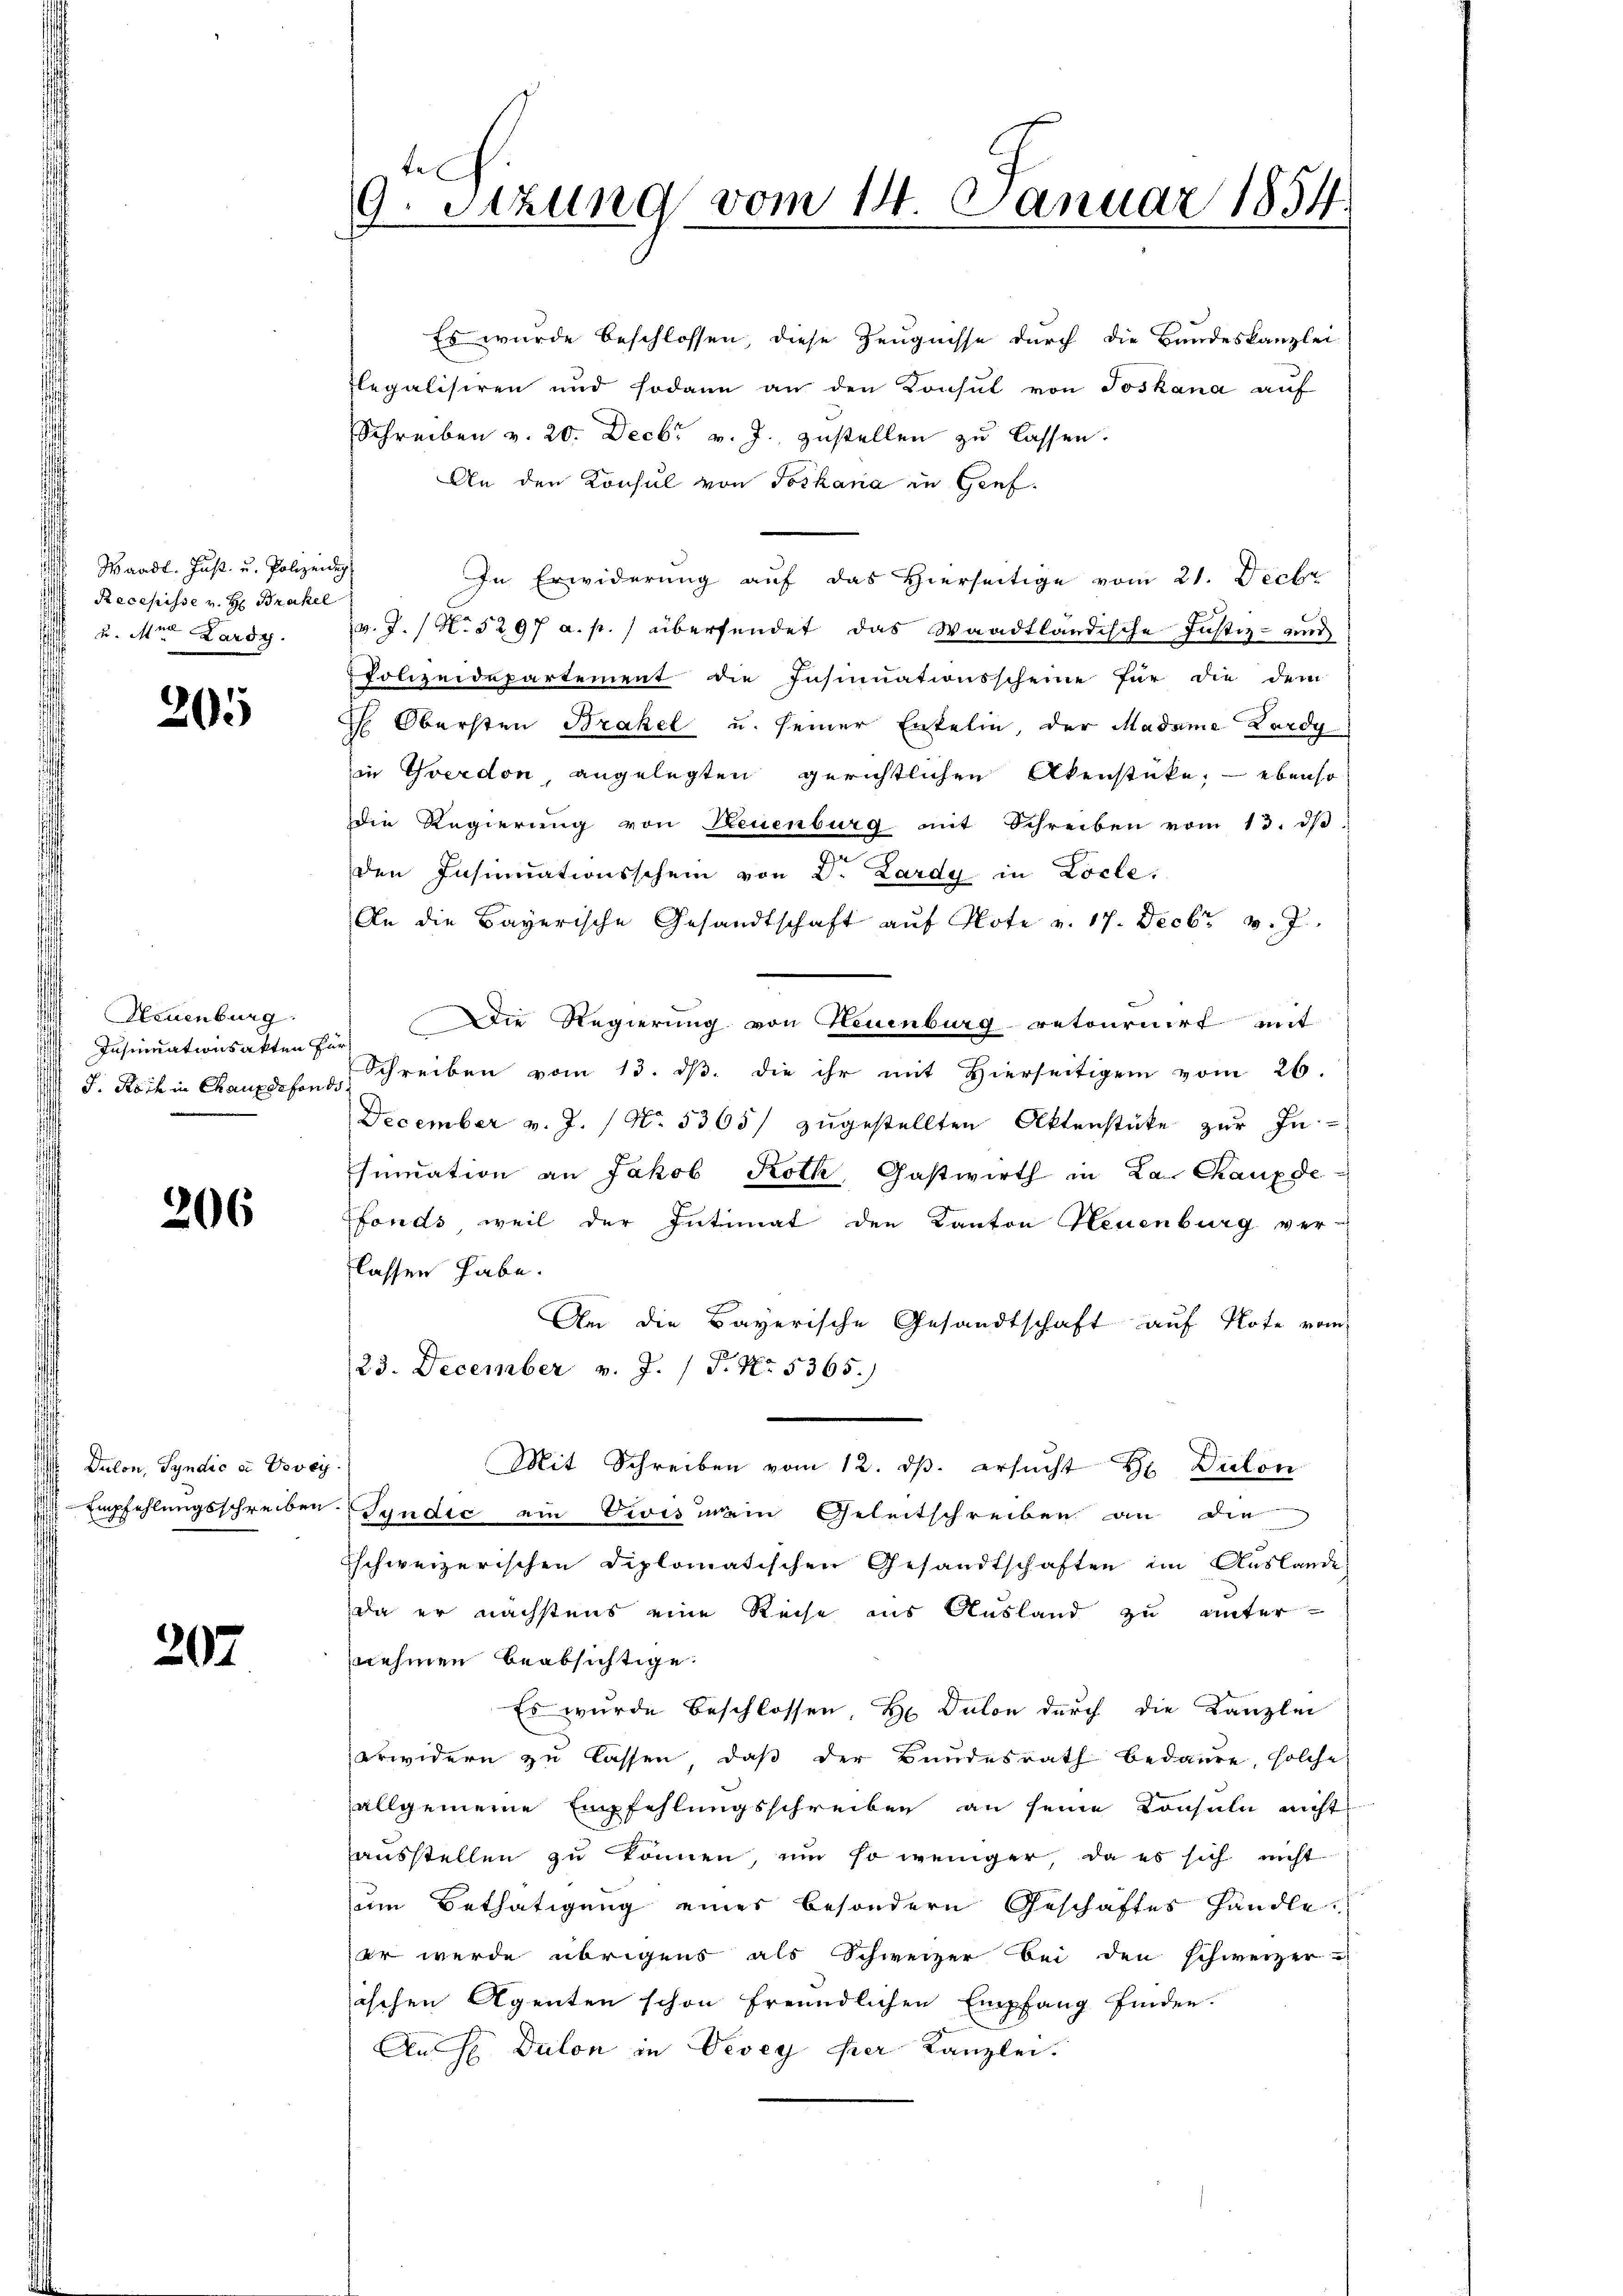
¬
Waadt. Fuß und Polizeidig
Recepisse v. H. Brakel
u. Mein Lardy

205

Neuenburg.
Insinuationsakten En
J. Koch in Chauxdefond

206

Dalon, Syndic a Vevey
 Empfehlungsschreiben.

207

te
9. Sitzung vom 14. Januar 1854.

Es wurde beschlossen diese Zeugnisse durch die Bundeskanzlei-
Plegalisiren und sodann an den Konsul von Joskana auf
Schreiben v. 20. Decbr v. J. zustellen zu lassen.
An den Konsul von Toskana in Genf
In Erwiderung auf das Hierseitige vom 21. Decbr
v. J. / No 5297 a. p.) überfundet das Waadtländische Justiz- und
Polizeidepartement die Insinuationsscheine für die dem
H. Obersten Brakel u. seiner Entelin, der Madame Lardy
in Yverdon, angelegten gerichtlichen Akenstücke; – ebenso
die Regierung von Neuenburg mit Schreiben vom 13. dβ
den Insinuationsschein von Dr. Lardy in Locle.
An die Bayerische Gesandtschaft auf Note v. 17. Decbr v. J.
Die Regierung von Neuenburg-retournirt mit
Schreiben vom 13. ds. die ihr mit Hierseitigem vom 26.
December v. J. / No. 5365/ zugestellten Aktenstüke zur In-
sinuation an Jakob Roth, Gastwirth in La Chauxde-
Fonds weil der Intimat den Kanton Neuenburg ver-
lassen habe.
An die Bayerische Gesandtschaft auf Note vom
23. December v. J. / P. Nr. 5365.)
Mit Schreiben vom 12. ds. ersucht Hr. Dulon
Tyndić ein Civis dem Geleitschreiben an die
schweizerischen Diplomatischen Gesandtschaften im Auslande
da er nächstens eine Reise aus Ausland zu unter
nehmen beabsichtige.
Es wurde beschlossen, Hr. Dulon durch die Kanzlei
erwidern zu lassen, daß der Bundesrath bedaure, solche
allgemeine Empfehlungsschreiben an seine Consuln nicht
ausstellen zu können, um so weniger, da es sich nicht
um Bethätigung eines besondern Geschäftes handle.
er wurde übrigens als Schweizer bei den schweizer-
ischen Agenten schon freundlichen Empfang finden.
An H Dulon in Vevey hier Kanzlei.